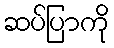
ဆပ်ပြာကို